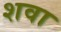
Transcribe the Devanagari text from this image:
शवा